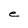
Character: e